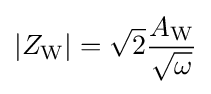
{|Z_{\mathrm {W} }|}={\sqrt {2}}{\frac {A_{\mathrm {W} }}{\sqrt {\omega }}}